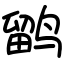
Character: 鹠